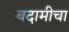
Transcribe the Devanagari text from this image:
बदामीचा